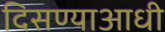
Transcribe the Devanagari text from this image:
दिसण्याआधी